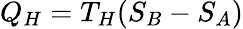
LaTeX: Q_{H}=T_{H}(S_{B}-S_{A})